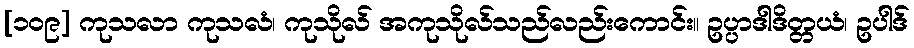
[၁၀၉] ကုသလာ ကုသလံ၊ ကုသိုလ် အကုသိုလ်သည်လည်းကောင်း။ ဥပ္ပာဒါဒိတ္တယံ၊ ဥပါဒ်